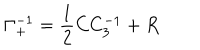
\Gamma _ { + } ^ { - 1 } = { \frac { 1 } { 2 } } C C _ { 3 } ^ { - 1 } + R